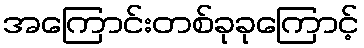
အကြောင်းတစ်ခုခုကြောင့်